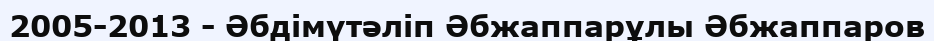
2005-2013 - Әбдімүтәліп Әбжаппарұлы Әбжаппаров